Plague in India, 1896, 1897 - Volume 1
Year: 1896
Disease focus: Plague
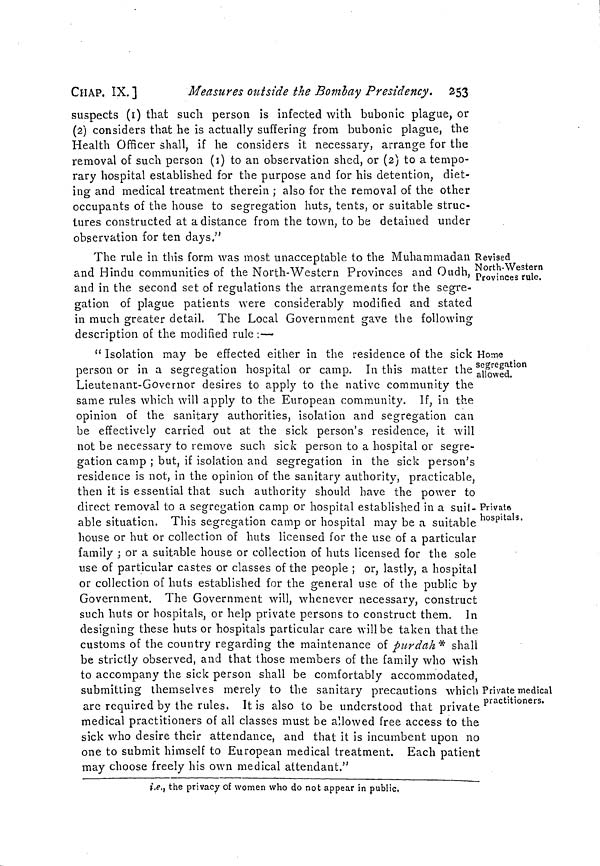
CHAP. IX.]
Measures outside the Bombay Presidency. 253
suspects (1) that such person is infected with bubonic plague, or
(2) considers that he is actually suffering from bubonic plague, the
Health Officer shall, if he considers it necessary, arrange for the
removal of such person (1) to an observation shed, or (2) to a tempo-
rary hospital established for the purpose and for his detention, diet-
ing and medical treatment therein ; also for the removal of the other
occupants of the house to segregation huts, tents, or suitable struc-
tures constructed at a distance from the town, to be detained under
observation for ten days."
Revised
North-Western
Provinces rule.
The rule in this form was most unacceptable to the Muhammadan
and Hindu communities of the North-Western Provinces and Oudh,
and in the second set of regulations the arrangements for the segre-
gation of plague patients were considerably modified and stated
in much greater detail. The Local Government gave the following
description of the modified rule :—
Home
segregation
allowed.
" Isolation may be effected either in the residence of the sick
person or in a segregation hospital or camp. In this matter the
Lieutenant-Governor desires to apply to the native community the
same rules which will apply to the European community. If, in the
opinion of the sanitary authorities, isolation and segregation can
be effectively carried out at the sick person's residence, it will
not be necessary to remove such sick person to a hospital or segre-
gation camp ; but, if isolation and segregation in the sick person's
residence is not, in the opinion of the sanitary authority, practicable,
then it is essential that such authority should have the power to
Private
hospitals.
direct removal to a segregation camp or hospital established in a suit-
able situation. This segregation camp or hospital may be a suitable
house or hut or collection of huts licensed for the use of a particular
family ; or a suitable house or collection of huts licensed for the sole
use of particular castes or classes of the people ; or, lastly, a hospital
or collection of huts established for the general use of the public by
Government. The Government will, whenever necessary, construct
such huts or hospitals, or help private persons to construct them. In
designing these huts or hospitals particular care will be taken that the
customs of the country regarding the maintenance of purdah* shall
be strictly observed, and that those members of the family who wish
to accompany the sick person shall be comfortably accommodated,
Private medical
practitioners.
submitting themselves merely to the sanitary precautions which
are required by the rules. It is also to be understood that private
medical practitioners of all classes must be allowed free access to the
sick who desire their attendance, and that it is incumbent upon no
one to submit himself to European medical treatment. Each patient
may choose freely his own medical attendant."
i.e., the privacy of women who do not appear in public,